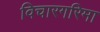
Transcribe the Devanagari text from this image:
विचारगरिमा